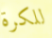
للكرة